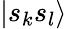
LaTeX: |s_{k}s_{l}\rangle